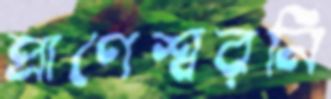
প্রাণেশ্বরনি